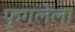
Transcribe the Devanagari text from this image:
फुगलेला